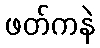
ဖတ်ကနဲ